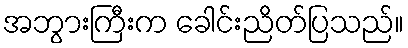
အဘွားကြီးက ခေါင်းညိတ်ပြသည်။